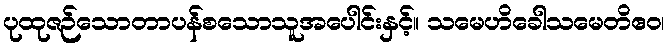
ပုထုဇဉ်သောတာပန်စသောသူအပေါင်းနှင့်။ သမေဟိခေါသမေတိဧဝ၊